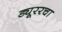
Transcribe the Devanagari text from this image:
ड्यूररचा